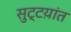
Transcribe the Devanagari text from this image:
सुट्टय़ांत